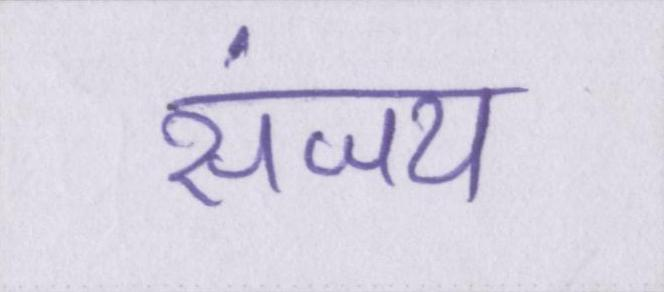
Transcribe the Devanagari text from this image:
संजय